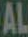
AL